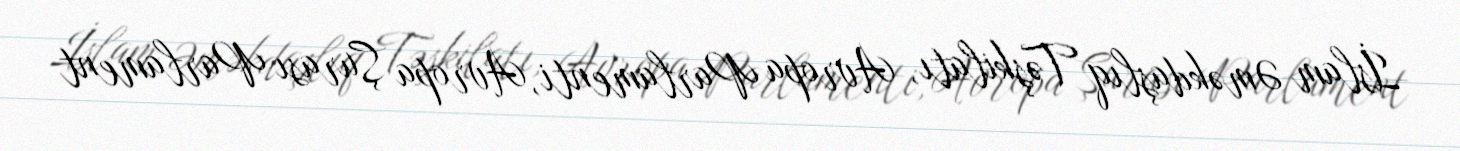
İslam Əməkdaşlıq Təşkilatı, Avropa Parlamenti, Avropa Şurası Parlament